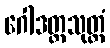
ဂေါဒတ္တသုတ္တံ